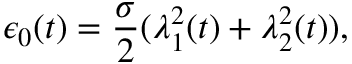
\epsilon _ { 0 } ( t ) = \frac { \sigma } { 2 } ( \lambda _ { 1 } ^ { 2 } ( t ) + \lambda _ { 2 } ^ { 2 } ( t ) ) ,